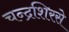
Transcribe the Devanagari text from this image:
चन्द्रशिरसे